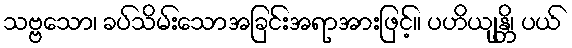
သဗ္ဗသော၊ ခပ်သိမ်းသောအခြင်းအရာအားဖြင့်။ ပဟိယျန္တိ၊ ပယ်